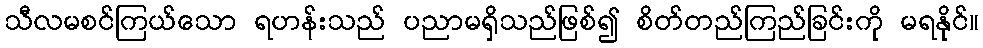
သီလမစင်ကြယ်သော ရဟန်းသည် ပညာမရှိသည်ဖြစ်၍ စိတ်တည်ကြည်ခြင်းကို မရနိုင်။